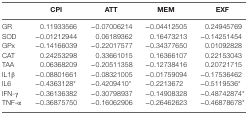
<table><thead><tr><td></td><td><b>CPI</b></td><td><b>ATT</b></td><td><b>MEM</b></td><td><b>EXF</b></td></tr></thead><tbody><tr><td>GR</td><td>0.11933566</td><td>−0.07006214</td><td>−0.04412505</td><td>0.24945769</td></tr><tr><td>SOD</td><td>−0.01212944</td><td>0.06189362</td><td>0.16473213</td><td>−0.14251454</td></tr><tr><td>GPx</td><td>−0.14166039</td><td>−0.22017577</td><td>−0.34377650</td><td>0.01092828</td></tr><tr><td>CAT</td><td>0.24253298</td><td>0.33661015</td><td>0.16366107</td><td>0.22153043</td></tr><tr><td>TAA</td><td>0.06368209</td><td>−0.20511358</td><td>−0.12738416</td><td>0.20721715</td></tr><tr><td>IL1β</td><td>−0.08801661</td><td>−0.08321005</td><td>−0.01759094</td><td>−0.17536462</td></tr><tr><td>IL6</td><td>−0.4363128*</td><td>−0.4209410*</td><td>−0.2213672</td><td>−0.5119536*</td></tr><tr><td>IFN-γ</td><td>−0.36136382</td><td>−0.30798937</td><td>−0.14908328</td><td>−0.48742874*</td></tr><tr><td>TNF-α</td><td>−0.36875750</td><td>−0.16062906</td><td>−0.26462623</td><td>−0.46878678*</td></tr></tbody></table>